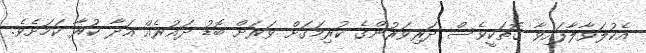
އެކުލަވާލާފައިވާ ގޮތަކީވެސް ދަރިވަރުންގެ ކުރިމަގަށް ވަރަށް ބޮޑު ދައުރެއް އަދާ ކުރާ ކަމަށެވެ.